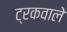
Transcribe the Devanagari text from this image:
ट्रकवाले